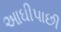
આઘીપાછી